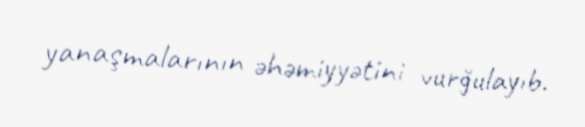
yanaşmalarının əhəmiyyətini vurğulayıb.